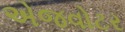
એજવોટર